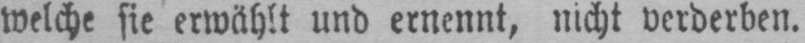
welche sie erwählt und ernennt, nicht verderben.